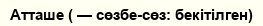
Атташе ( — сөзбе-сөз: бекітілген)